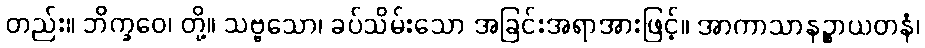
တည်း။ ဘိက္ခဝေ၊ တို့။ သဗ္ဗသော၊ ခပ်သိမ်းသော အခြင်းအရာအားဖြင့်။ အာကာသာနဉ္စာယတနံ၊